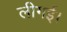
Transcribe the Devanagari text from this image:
लीगई।